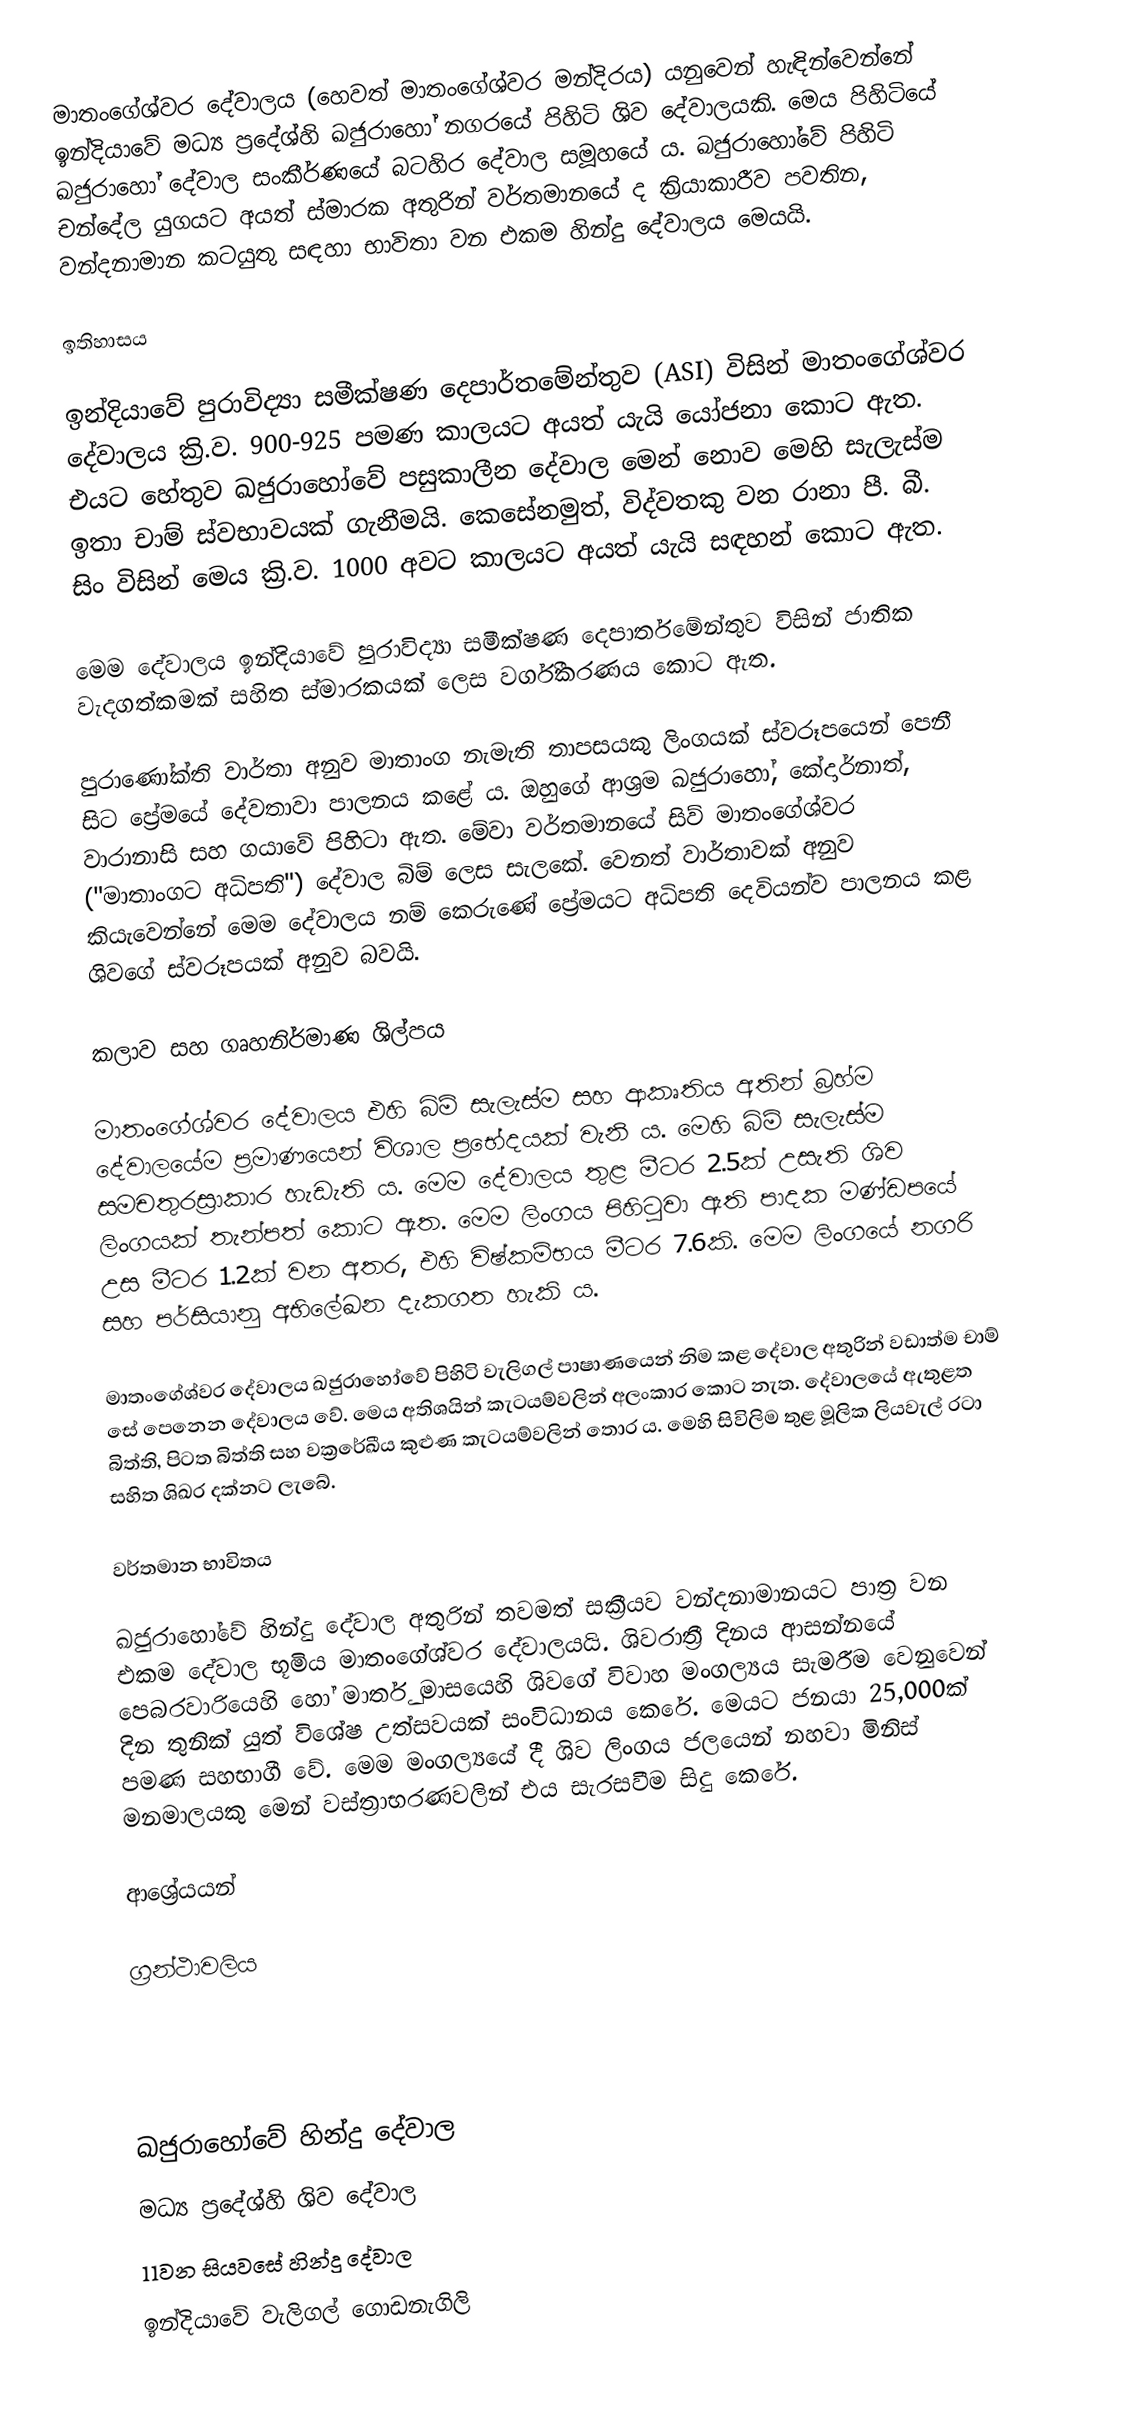
මාතංගේශ්වර දේවාලය (හෙවත් මාතංගේශ්වර මන්දිරය) යනුවෙන් හැඳින්වෙන්නේ ඉන්දියාවේ මධ්‍ය ප්‍රදේශ්හි ඛජුරාහෝ නගරයේ පිහිටි ශිව දේවාලයකි. මෙය පිහිටියේ ඛජුරාහෝ දේවාල සංකීර්ණයේ බටහිර දේවාල සමූහයේ ය. ඛජුරාහෝවේ පිහිටි චන්දේල යුගයට අයත් ස්මාරක අතුරින් වර්තමානයේ ද ක්‍රියාකාරීව පවතින, වන්දනාමාන කටයුතු සඳහා භාවිතා වන එකම හින්දු දේවාලය මෙයයි.

ඉතිහාසය

ඉන්දියාවේ පුරාවිද්‍යා සමීක්ෂණ දෙපාර්තමේන්තුව (ASI) විසින් මාතංගේශ්වර දේවාලය ක්‍රි.ව. 900-925 පමණ කාලයට අයත් යැයි යෝජනා කොට ඇත. එයට හේතුව ඛජුරාහෝවේ පසුකාලීන දේවාල මෙන් නොව මෙහි සැලැස්ම ඉතා චාම් ස්වභාවයක් ගැනීමයි. කෙසේනමුත්, විද්වතකු වන රානා පී. බී. සිං විසින් මෙය ක්‍රි.ව. 1000 අවට කාලයට අයත් යැයි සඳහන් කොට ඇත.

මෙම දේවාලය ඉන්දියාවේ පුරාවිද්‍යා සමීක්ෂණ දෙපාර්තමේන්තුව විසින් ජාතික වැදගත්කමක් සහිත ස්මාරකයක් ලෙස වර්ගීකරණය කොට ඇත.

පුරාණෝක්ති වාර්තා අනුව මාතාංග නැමැති තාපසයකු ලිංගයක් ස්වරූපයෙන් පෙනී සිට ප්‍රේමයේ දේවතාවා පාලනය කළේ ය. ඔහුගේ ආශ්‍රම ඛජුරාහෝ, කේදාර්නාත්, වාරානාසි සහ ගයාවේ පිහිටා ඇත. මේවා වර්තමානයේ සිව් මාතංගේශ්වර ("මාතාංගට අධිපති") දේවාල බිම් ලෙස සැලකේ. වෙනත් වාර්තාවක් අනුව කියැවෙන්නේ මෙම‍ දේවාලය නම් කෙරුණේ ප්‍රේමයට අධිපති දෙවියන්ව පාලනය කළ ශිවගේ ස්වරූපයක් අනුව බවයි.

කලාව සහ ගෘහනිර්මාණ ශිල්පය

මාතංගේශ්වර දේවාලය එහි බිම් සැලැස්ම සහ ආකෘතිය අතින් බ්‍රහ්ම‍ දේවාලයේම ප්‍රමාණයෙන් විශාල ප්‍රභේදයක් වැනි ය. මෙහි බිම් සැලැස්ම සමචතුරස්‍රාකාර හැඩැති ය. මෙම දේවාලය තුළ මීටර 2.5ක් උසැති ශිව ලිංගයක් තැන්පත් කොට ඇත. මෙම ලිංගය පිහිටුවා ඇති පාදක මණ්ඩපයේ උස මීටර 1.2ක් වන අතර, එහි විෂ්කම්භය මීටර 7.6කි. මෙම ලිංගයේ නගරි සහ පර්සියානු අභිලේඛන දැකගත හැකි ය.

මාතංගේශ්වර දේවාලය ඛජුරාහෝවේ පිහිටි වැලිගල් පාෂාණයෙන් නිම කළ දේවාල අතුරින් වඩාත්ම චාම් සේ පෙනෙන දේවාලය වේ. මෙය අතිශයින් කැටයම්වලින් අලංකාර කොට නැත. දේවාලයේ ඇතුළත බිත්ති, පිටත බිත්ති සහ වක්‍රරේඛීය කුළුණ කැටයම්වලින් තොර ය. මෙහි සිවිලිම තුළ මූලික ලියවැල් රටා සහිත ශිඛර දක්නට ලැබේ.

වර්තමාන භාවිතය

ඛජුරාහෝවේ හින්දු දේවාල අතුරින් තවමත් සක්‍රීයව වන්දනාමානයට පාත්‍ර වන එකම දේවාල භූමිය මාතංගේශ්වර දේවාලයයි. ශිවරාත්‍රී දිනය ආසන්නයේ පෙබරවාරියෙහි හෝ මාර්තු මාසයෙහි ශිවගේ විවාහ මංගල්‍යය සැමරීම වෙනුවෙන් දින තුනික් යුත් විශේෂ උත්සවයක් සංවිධානය කෙරේ. මෙයට ජනයා 25,000ක් පමණ සහභාගී වේ. මෙම මංගල්‍යයේ දී ශිව ලිංගය ජලයෙන් ‍‍නහවා මිනිස් මනමාලයකු මෙන් වස්ත්‍රාභරණවලින් එය සැරසවීම සිදු කෙරේ.

ආශ්‍රේයයන්

ග්‍රන්ථාවලිය

ඛජුරාහෝවේ හින්දු දේවාල
මධ්‍ය ප්‍රදේශ්හි ශිව දේවාල
11වන සියවසේ හින්දු දේවාල
ඉන්දියාවේ වැලිගල් ගොඩනැගිලි